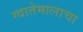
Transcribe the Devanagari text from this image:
ग्वातेमालाचा